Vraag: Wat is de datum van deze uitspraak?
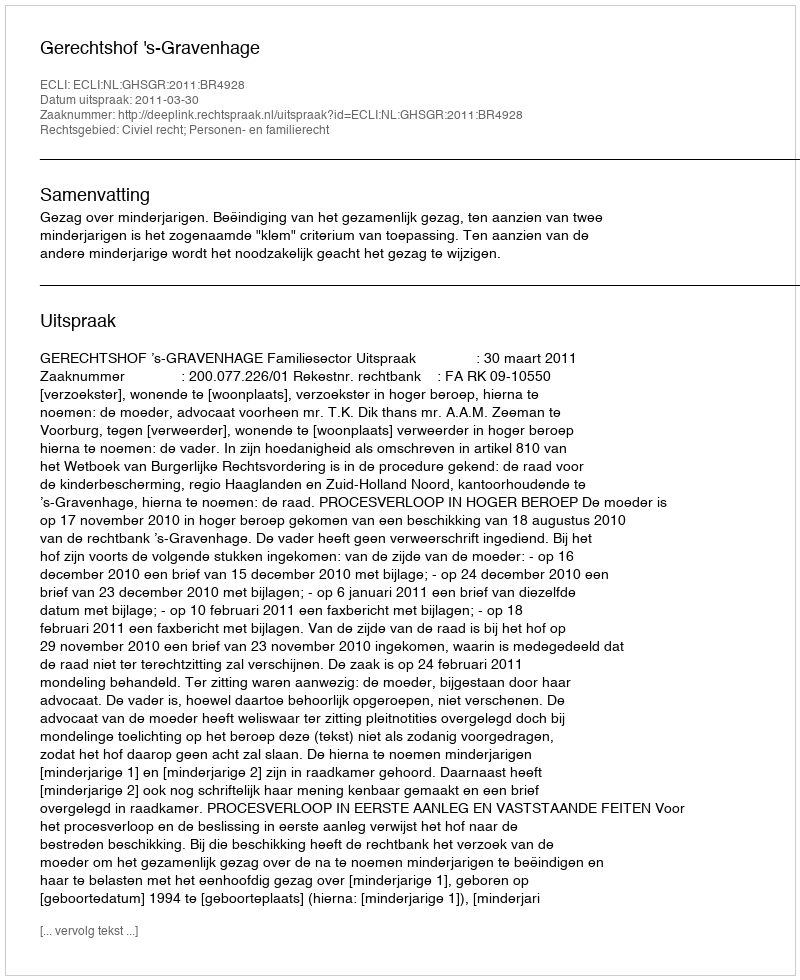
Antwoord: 2011-03-30